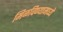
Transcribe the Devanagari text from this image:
मिळविण्यामध्ये